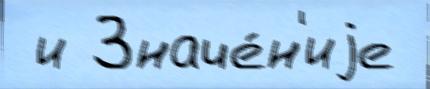
 и Значе́н'иjе